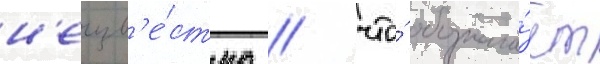
н'еизв'е́стно / что́ обознача́ет